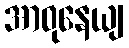
အာဝုနေယျ